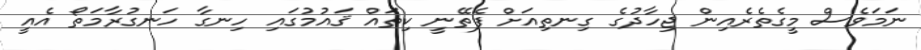
ނަމަވެސް މީގެތެރެއިން ޖިހާދުގެ ގިނތިއަށް ފެތޭނީ ކިތައް ޤައުމުގައި ހިނގާ ހަނގުރާމަތޯ އެއީ